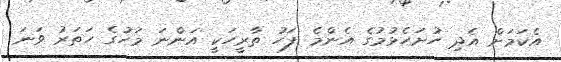
އެކަމަށް އެދި ހުށަހެޅުމުގެ އެންމެ ފަހު ތާރީހަކީ އަންނަ މަހުގެ ހަތަރު ވަނަ